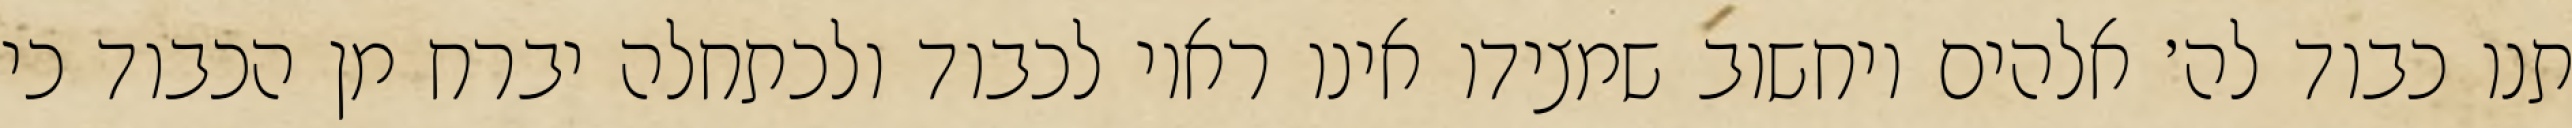
תנו כבוד לה׳ אלהים ויחשוב שמצידו אינו ראוי לכבוד ולכתחלה יברח מן הכבוד כי